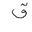
Letter: _qaf